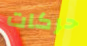
حركات